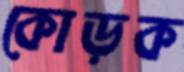
কোড়ক